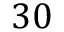
3 0